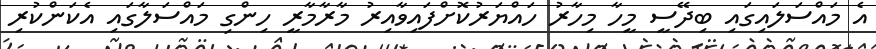
އެ މައްސަލައިގައި ބިދޭސީ މީހާ މިހާރު ހައްޔަރުކޮށްފައިވާއިރު މާރާމާރީ ހިންގި މައްސަލާގައި އެކަންކުރި